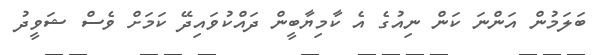
ބަލަމުން އަންނަ ކަން ނިއުގެ އެ ކާމިޔާބީން ދައްކުވައިދޭ ކަމަށް ވެސް ޝަވީދު